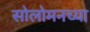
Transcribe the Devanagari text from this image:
सोलोमनच्या